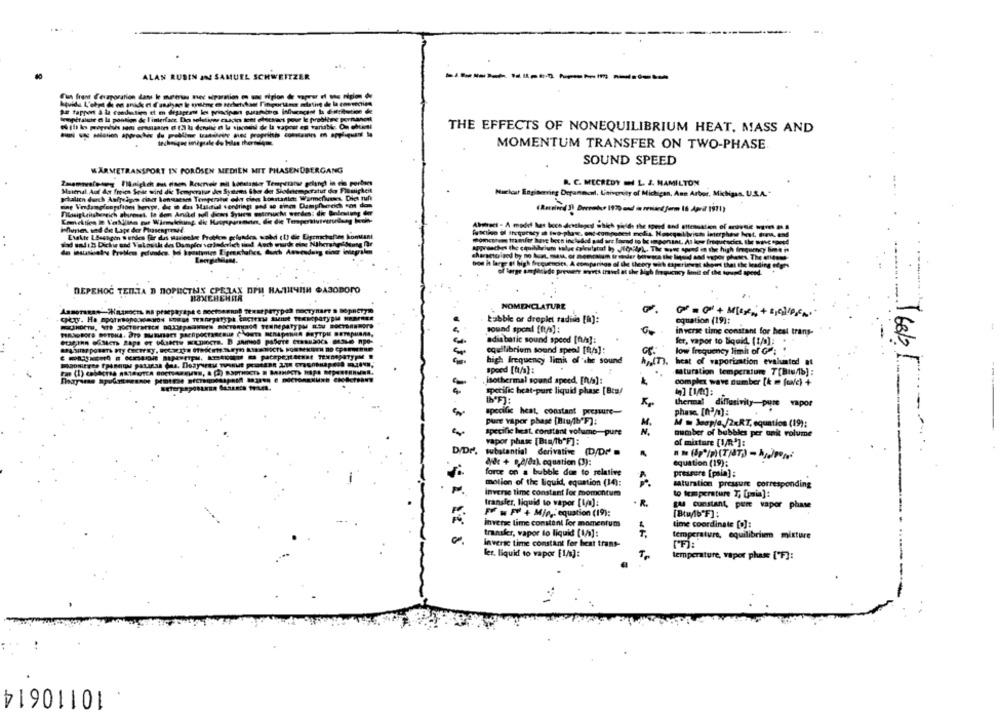
.. .
ALAN RUBIN And SAMUEL SCHWEITZER
Gun front (evaporation dans le metrias mer siportion en unc niplon de vapeur of wou région de
tempitalcie a la postion de I interface. Do solstiges caspio tett discsecs pour le problème permanent
THE EFFECTS OF NONEQUILIBRIUM HEAT, MASS AND
MOMENTUM TRANSFER ON TWO-PHASE
SOUND SPEED
WARMETRANSPORT IN POROSEN MEDIEN MIT PHASENÜBERGANG
R. C. MECREDY = L. J. HAMILTON
Material Auf der freien Solar wind die Temperatur den Synem über der Sidetemperatur den Fiamigkeit
Nurlost Engineering Deranocel. L'aivgrety of Michigan, Ann Arbor, Michigan, U.S.A."
phalich durch Aufeiges ciat bonsssesen Temperatu edy cious konstanict: Warmeflusses. Dies ruft
Masigkeitsbereich aburmet. It don Arvid toll Jews Sytem motorische wenden: die Bedeutung der
ind undih Dichie and Vakoutk des Dampfor salederlet sind. Auch wurde eine Wherehe diete
aches the couibbrium valve calcutstat ing .10;&p) ,, The move speed in the high frequency hme
( high frequencies, A comparison of the theory with tigerinvat shows that the lead
of large omparide preweer arves travel at the Mgh frequency Amit of the tound spend.
DEPENOC TENTA B NOPHICTHX CPEZAX DPH HAMHYNIH CASOBORO
NOMENCLATURE
Łabbl or droplet radivis [h]:
equation (19):
sound spond [tus] :
inverse time constant for heat trans-
adiabatic sound speed [f./]:
ler, vapor to liquid. [1/9]:
equilibrium sound speel [8/s]:
low frequency limit of G;
high Frequency limi of the sound
heat of vaporization evaluated at
speed [ft/a):
saturation temperature 7[Biu/1b] :
-
Jaothermal sound speed. [n/a]:
complex wave number [k m (oa/c) +
specific heat-purt liquid phase [Bra/
IN'F):
thermal diffusivity-pure vapor
specific heat, constant pressure-
phase. [na] :
pure vapor phase [Biu/1b'F):
M.
M = Jeapja./2xRT, equation (19);
specific heat, constant volume-pure
N.
number of bubbles per ank volume
vapor phase [Bug/lb"F]:
of mixture [1/R']:
substantial derivative (D/DP
det + 0,2/82). equation (3):
equation (19):
force on a bubble due to relative
pressure [pala];
motion of the liquid, equation (14):
saturation pressure corresponding
inverse time constant for momentum
to temperature T, [pain]:
transfer, liquid to vapor [l]:
. R.
gAl cunstant, pure vapor phase
FF - PY + Mie," equation (19):
Inverse lime constant for momentum
time coordinate [0] :
transfer, vapor to liquid [ /b]:
temperatura, equilibrise mixture
inverse time constant for heat trans-
IFi:"
ler. liquid to vapor [1/s]:
temperature, vaper phase [F]:
10110614